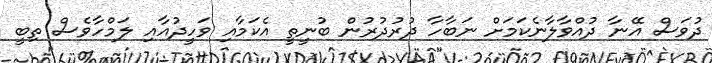
ދުވަސް އޭނާ ދުއްވާލާނެކަމަށް ނަބާހާ ދުރުދުރުން ބުނީތީ އެކަމާއި ވަހީދުއާއި ލަމްހާވެސް ތިބީ